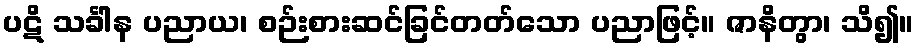
ပဋိ သင်္ခါန ပညာယ၊ စဉ်းစားဆင်ခြင်တတ်သော ပညာဖြင့်။ ဇာနိတွာ၊ သိ၍။